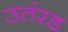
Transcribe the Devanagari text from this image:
उतंरड